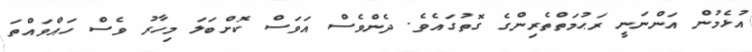
އުޅެމުން އަންނަނީ ރަޙުމަތްތެރިންގެ ގޮތުގައެވެ. ދެންވެސް އަވަސް ކޮށްބަލަ މިހާރު ވެސް ހައްވައްތަ